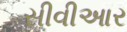
સીવીઆર